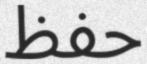
حفظ